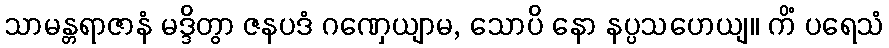
သာမန္တရာဇာနံ မဒ္ဒိတွာ ဇနပဒံ ဂဏှေယျာမ, သောပိ နော နပ္ပသဟေယျ။ ကိံ ပရေသံ